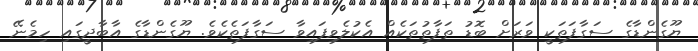
ޔޫގެންޑާގެ ސަގާފަތަކީ ވަރަށް ބޮޑު ތަފާތުތަކެއް އެކުލެވިފައިވާ ސަގާފަތެކެވެ. ޔޫގެންޑާގެ އާބާދީގައި ހިމެނޭ